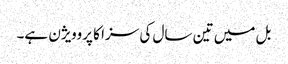
بل میں تین سال کی سزا کا پروویژن ہے۔